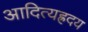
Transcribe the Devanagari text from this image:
आदित्यह्रदय